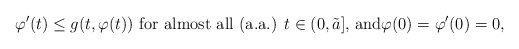
\begin{align*}\varphi'(t) \le g(t,\varphi(t)) \, \, \mbox{for almost all (a.a.) $t \in (0,\tilde a]$, and}\varphi(0)=\varphi'(0)=0,\end{align*}